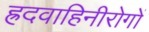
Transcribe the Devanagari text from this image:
ह्रदवाहिनीरोगों